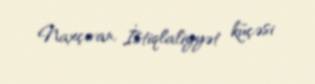
Naxçıvan, İstiqlaliyyət küçəsi